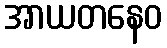
အာယတနေဝ